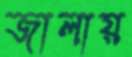
জালায়